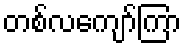
တစ်လကျော်ကြာ